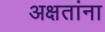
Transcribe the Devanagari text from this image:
अक्षतांना